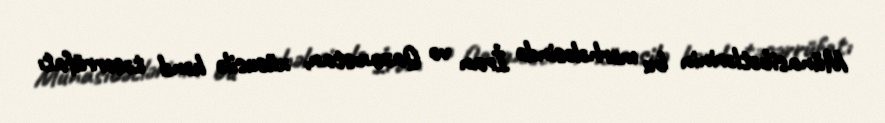
Münasibətlərinin bu mərhələsində İran və Qazaxıstan, xüsusilə kənd təsərrüfatı